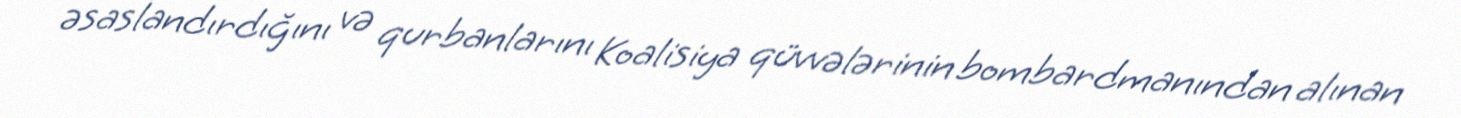
əsaslandırdığını və qurbanlarını Koalisiya qüvvələrinin bombardmanından alınan